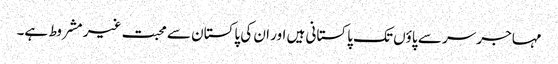
مہاجر سر سے پاؤں تک پاکستانی ہیں اور ان کی پاکستان سے محبت غیر مشروط ہے۔